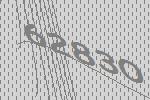
62830